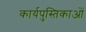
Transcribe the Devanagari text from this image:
कार्यपुस्तिकाओं